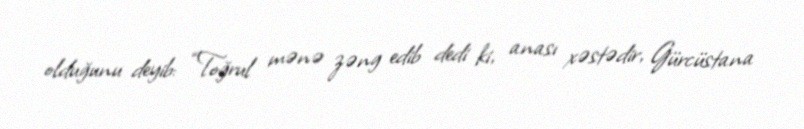
olduğunu deyib: “Toğrul mənə zəng edib dedi ki, anası xəstədir, Gürcüstana